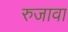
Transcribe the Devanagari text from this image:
रुजावा